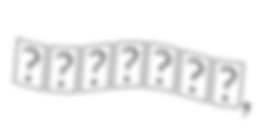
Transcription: בית הכרם,